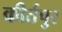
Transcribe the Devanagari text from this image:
कीर्तपुर